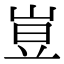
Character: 𡸈